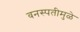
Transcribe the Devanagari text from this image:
वनस्पतीमुळे